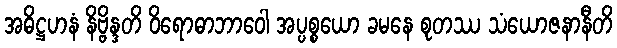
အဓိဋ္ဌဟနံ နိဗ္ဗိန္ဒတိ ဝိရောဓာဘာဝေါ အပ္ပစ္စယော ခမနေ စုတဿ သံယောဇနာနီတိ